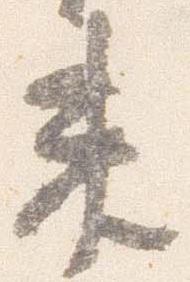
未